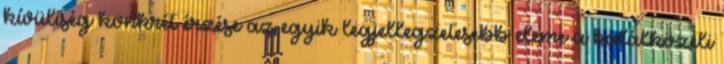
kívüliség konkrét érzése az egyik legjellegzetesebb eleme a halálközeli